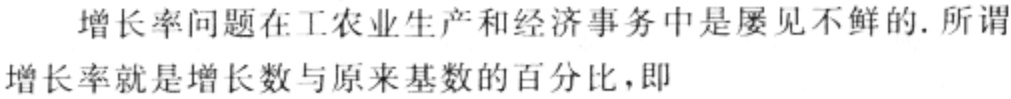
增长率问题在工农业生产和经济事务中是屡见不鲜的. 所谓增长率就是增长数与原来基数的百分比，即